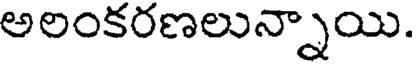
అలంకరణలున్నాయి.